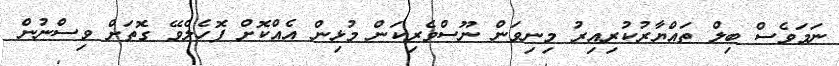
ނަމަވެސް ބިލް ތައްޔާރުކުރިއިރު މިނިވަން ނޫސްވެރިކަން މުޅިން އެއްކޮށް ފޮހެލެވޭ ގޮތަށް ވިސްނުން